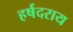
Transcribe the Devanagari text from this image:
हर्षदराय